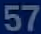
57